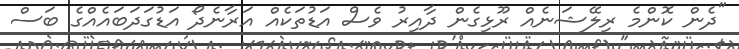
"ދެން ކޮންމެ ރިލޭޝަނެއް ރޫޅިގެން ދާއިރު ވެސް އަޑުތަކެއް އަރާނެދޯ އަޑުގަދަބައެއްގެ ބަސް